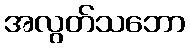
အလွတ်သဘော